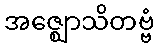
အဇ္ဈောသိတဗ္ဗံ